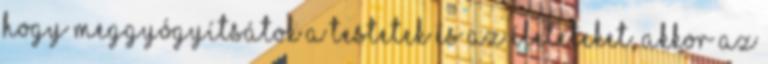
hogy meggyógyítsátok a testetek és az életeteket, akkor az